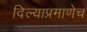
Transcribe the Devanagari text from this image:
दिल्याप्रमाणेच